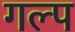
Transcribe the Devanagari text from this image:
गल्‍प